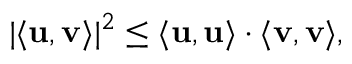
| \langle \mathbf { u } , \mathbf { v } \rangle | ^ { 2 } \leq \langle \mathbf { u } , \mathbf { u } \rangle \cdot \langle \mathbf { v } , \mathbf { v } \rangle ,